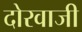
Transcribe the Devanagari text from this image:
दोरवाजी